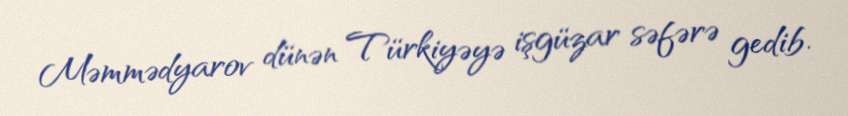
Məmmədyarov dünən Türkiyəyə işgüzar səfərə gedib.